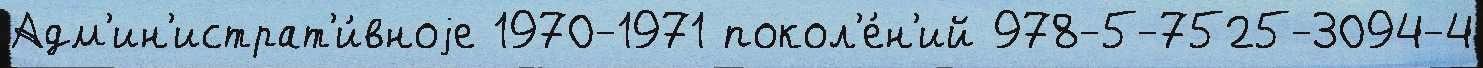
Адм'ин'истрат'и́вноjе 1970-1971 покол'е́н'ий 978-5-7525-3094-4